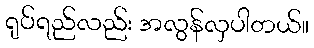
ရုပ်ရည်လည်း အလွန်လှပါတယ်။